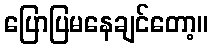
ပြောပြမနေချင်တော့။